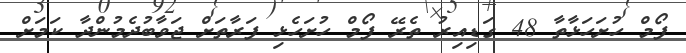
ފޯމް ހުށަހަޅާތާ 48 ގަޑިއިރު ތެރޭ ފޯމް ހުށަހެޅި ފަރާތަށް ޖަވާބުދެމުންދާ ކަމަށް